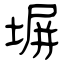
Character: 塀